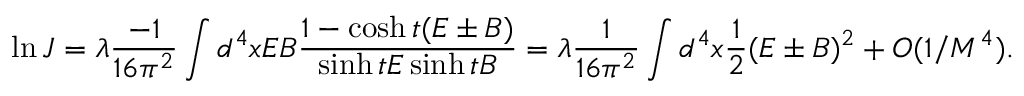
\ln J = \lambda \frac { - 1 } { 1 6 \pi ^ { 2 } } \int d ^ { 4 } x E B \frac { 1 - \cosh t ( E \pm B ) } { \sinh t E \sinh t B } = \lambda \frac { 1 } { 1 6 \pi ^ { 2 } } \int d ^ { 4 } x \frac { 1 } { 2 } ( E \pm B ) ^ { 2 } + O ( 1 / M ^ { 4 } ) .